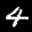
Label: 4